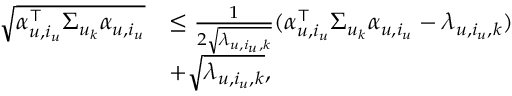
\begin{array} { r l } { \sqrt { \alpha _ { u , i _ { u } } ^ { \top } \Sigma _ { u _ { k } } \alpha _ { u , i _ { u } } } } & { \leq \frac { 1 } { 2 \sqrt { \lambda _ { u , i _ { u } , k } } } ( \alpha _ { u , i _ { u } } ^ { \top } \Sigma _ { u _ { k } } \alpha _ { u , i _ { u } } - \lambda _ { u , i _ { u } , k } ) } \\ & { + \sqrt { \lambda _ { u , i _ { u } , k } } , } \end{array}